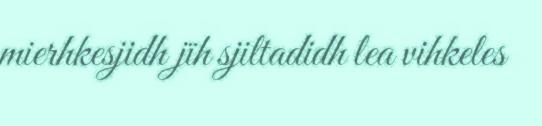
mierhkesjidh jïh sjiltadidh lea vihkeles